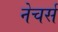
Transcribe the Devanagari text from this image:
नेचर्स